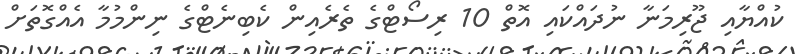
ކުއްޔާއި ޖޫރިމަނާ ނުދައްކައި އޮތް 10 ރިސޯޓްގެ ތެރެއިން ކެބިނެޓްގެ ނިންމުމާ އެއްގޮތަށް